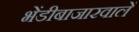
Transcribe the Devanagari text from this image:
भेंडीबाजारवालें